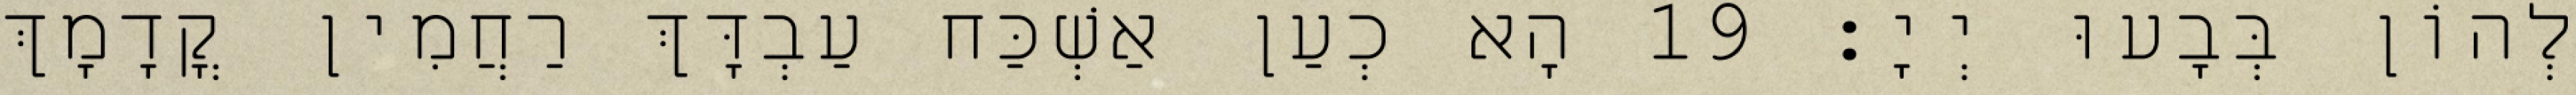
לְהוֹן בְּבָעוּ יְיָ׃ 19 הָא כְעַן אַשְׁכַּח עַבְדָּךְ רַחֲמִין קֳדָמָךְ